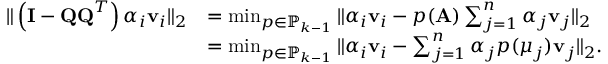
\begin{array} { r l } { \| \left( \mathbf { I } - \mathbf { Q Q } ^ { T } \right) \alpha _ { i } \mathbf { v } _ { i } \| _ { 2 } } & { = \operatorname* { m i n } _ { p \in \mathbb { P } _ { k - 1 } } \| \alpha _ { i } \mathbf { v } _ { i } - p ( \mathbf { A } ) \sum _ { j = 1 } ^ { n } \alpha _ { j } \mathbf { v } _ { j } \| _ { 2 } } \\ & { = \operatorname* { m i n } _ { p \in \mathbb { P } _ { k - 1 } } \| \alpha _ { i } \mathbf { v } _ { i } - \sum _ { j = 1 } ^ { n } \alpha _ { j } p ( \mu _ { j } ) \mathbf { v } _ { j } \| _ { 2 } . } \end{array}